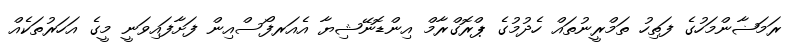
ރަމަޟާންމަހުގެ ފަތިހު ތަމްރީނުތައް ހެދުމުގެ ޕްރޮގްރާމް އިންޑޮނޭޝިޔާ އެއަރފޯސްއިން ފަށާފައިވަނީ މީގެ އަހަރުތަކެއް